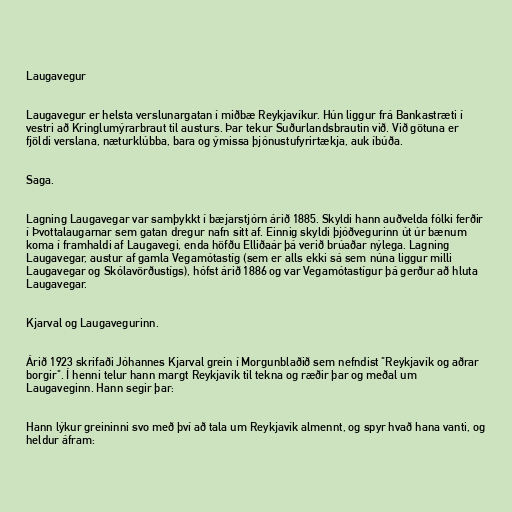
Laugavegur

Laugavegur er helsta verslunargatan í miðbæ Reykjavíkur. Hún liggur frá Bankastræti í
vestri að Kringlumýrarbraut til austurs. Þar tekur Suðurlandsbrautin við. Við götuna er
fjöldi verslana, næturklúbba, bara og ýmissa þjónustufyrirtækja, auk íbúða.

Saga.

Lagning Laugavegar var samþykkt í bæjarstjórn árið 1885. Skyldi hann auðvelda fólki ferðir
í Þvottalaugarnar sem gatan dregur nafn sitt af. Einnig skyldi þjóðvegurinn út úr bænum
koma í framhaldi af Laugavegi, enda höfðu Elliðaár þá verið brúaðar nýlega. Lagning
Laugavegar, austur af gamla Vegamótastíg (sem er alls ekki sá sem núna liggur milli
Laugavegar og Skólavörðustígs), hófst árið 1886 og var Vegamótastígur þá gerður að hluta
Laugavegar.

Kjarval og Laugavegurinn.

Árið 1923 skrifaði Jóhannes Kjarval grein í Morgunblaðið sem nefndist "Reykjavík og aðrar
borgir". Í henni telur hann margt Reykjavík til tekna og ræðir þar og meðal um
Laugaveginn. Hann segir þar:

Hann lýkur greininni svo með því að tala um Reykjavík almennt, og spyr hvað hana vanti, og
heldur áfram: